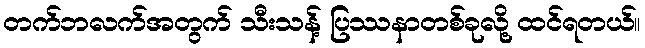
တက်ဘလက်အတွက် သီးသန့် ပြဿနာတစ်ခုလို့ ထင်ရတယ်။